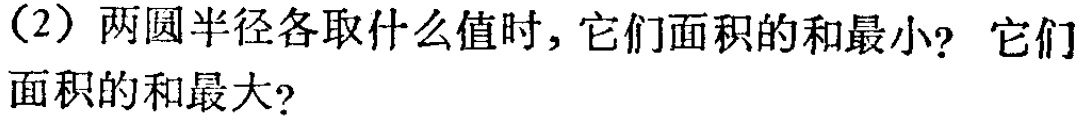
（2）两圆半径各取什么值时，它们面积的和最小？它们面积的和最大？